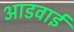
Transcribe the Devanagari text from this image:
आडवाई